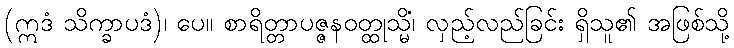
(ဣဒံ သိက္ခာပဒံ)၊ ပေ။ စာရိတ္တာပဇ္ဇနဝတ္ထုသ္မိံ၊ လှည့်လည်ခြင်း ရှိသူ၏ အဖြစ်သို့